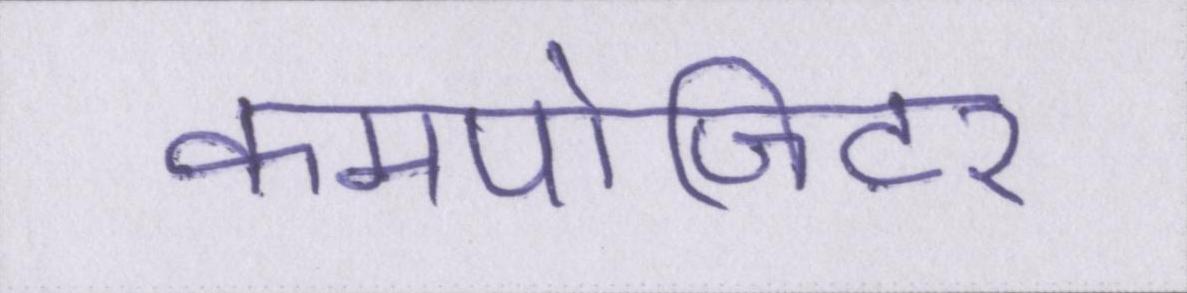
कमपोजिटर